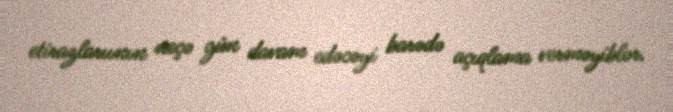
etirazlarıının neçə gün davam edəcəyi barədə açıqlama verməyiblər.